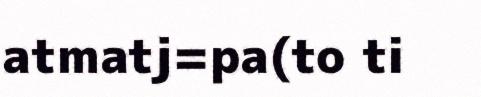
atmatj=pa(to ti